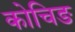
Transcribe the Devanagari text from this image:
कोचिङ